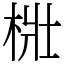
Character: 梉